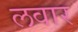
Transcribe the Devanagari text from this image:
लवार